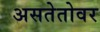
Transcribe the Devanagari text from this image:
असतेतोवर